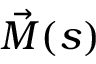
\vec { M } ( s )